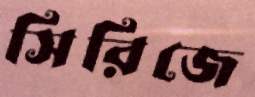
সিরিজে